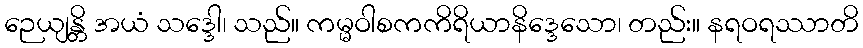
ဉေယျန္တိ အယံ သဒ္ဒေါ၊ သည်။ ကမ္မဝါစကကိရိယာနိဒ္ဒေသော၊ တည်း။ နရဝရဿာတိ